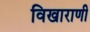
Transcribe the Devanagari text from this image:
विखाराणी